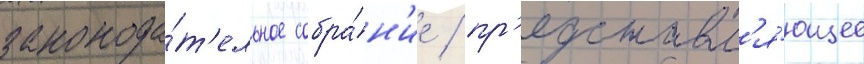
законода́т'ельное собра́н'ие / пр'едставл'я́ющее